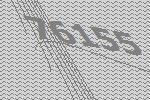
76155